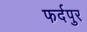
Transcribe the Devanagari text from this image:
फर्दपुर